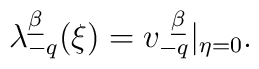
\lambda^{\underline\beta}_{-q}(\xi)=v^{~\underline\beta}_{-q}|_{\eta=0}.